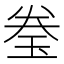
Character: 𬍢